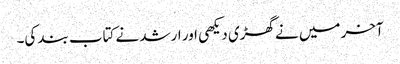
آخر میں نے گھڑی دیکھی اور ارشد نے کتاب بند کی۔